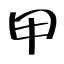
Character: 甲